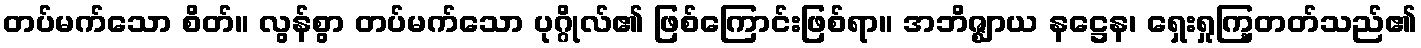
တပ်မက်သော စိတ်။ လွန်စွာ တပ်မက်သော ပုဂ္ဂိုလ်၏ ဖြစ်ကြောင်းဖြစ်ရာ။ အဘိဇ္ဈာယ နဋ္ဌေန၊ ရှေးရှုကြ့တတ်သည်၏